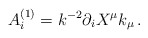
\begin{align*}A^{(1)}_i = k^{-2} \partial_i X^\mu k_\mu\, .\end{align*}